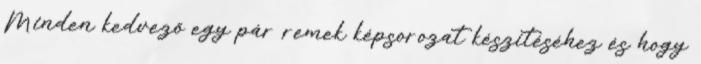
Minden kedvező egy pár remek képsorozat készítéséhez és hogy